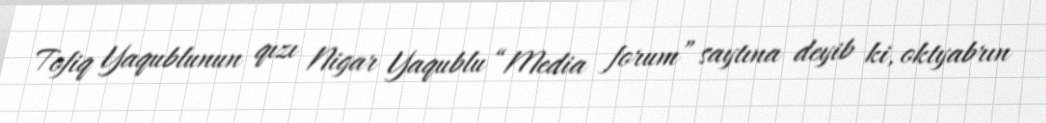
Tofiq Yaqublunun qızı Nigar Yaqublu “Media forum” saytına deyib ki, oktyabrın